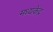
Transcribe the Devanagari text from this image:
मध्यकेंद्र